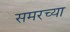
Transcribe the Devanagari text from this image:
समरच्या